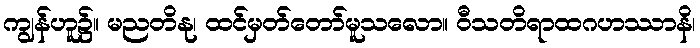
ကျွန်ဟူ၌။ မညတိနု၊ ထင်မှတ်တော်မူသလော။ ဝီသတိရာထဂဟဿာနိ၊